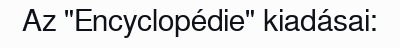
Az "Encyclopédie" kiadásai: